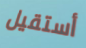
أستقيل